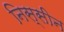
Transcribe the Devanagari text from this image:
निस्सीन